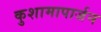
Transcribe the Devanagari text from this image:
कुशामापार्जन